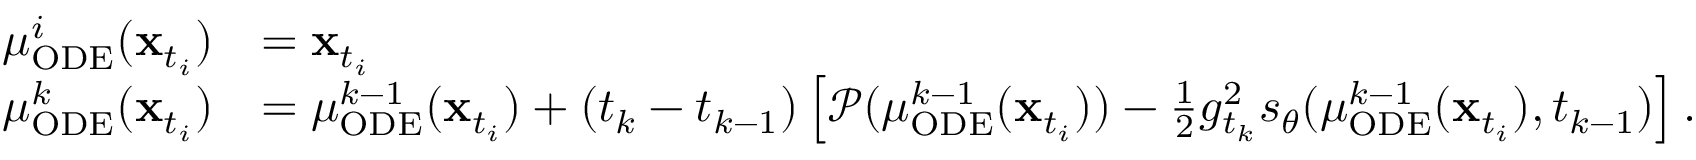
\begin{array} { r l } { \mu _ { \mathrm { O D E } } ^ { i } ( \mathbf { x } _ { t _ { i } } ) } & { = \mathbf { x } _ { t _ { i } } } \\ { \mu _ { \mathrm { O D E } } ^ { k } ( \mathbf { x } _ { t _ { i } } ) } & { = \mu _ { \mathrm { O D E } } ^ { k - 1 } ( \mathbf { x } _ { t _ { i } } ) + ( t _ { k } - t _ { k - 1 } ) \left[ \mathcal { P } ( \mu _ { \mathrm { O D E } } ^ { k - 1 } ( \mathbf { x } _ { t _ { i } } ) ) - \frac { 1 } { 2 } g _ { t _ { k } } ^ { 2 } s _ { \theta } ( \mu _ { \mathrm { O D E } } ^ { k - 1 } ( \mathbf { x } _ { t _ { i } } ) , t _ { k - 1 } ) \right] . } \end{array}